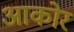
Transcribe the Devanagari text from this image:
आकोर